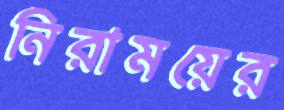
নিরাময়ের